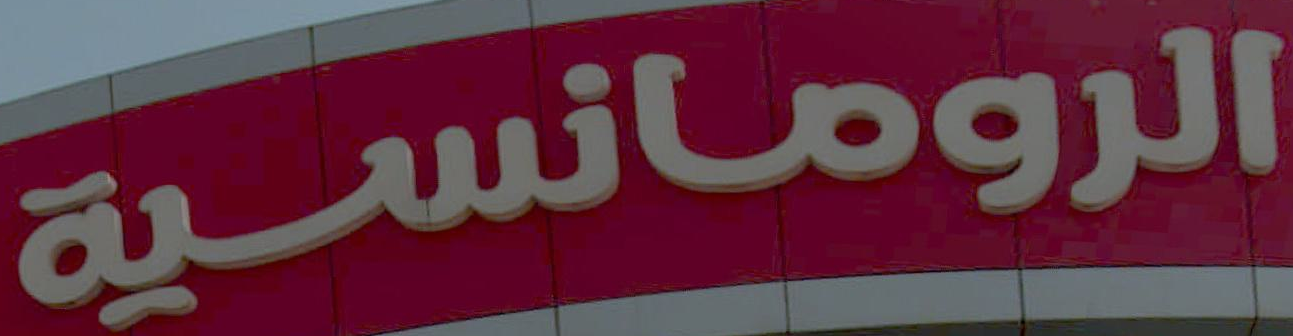
الرومانسية